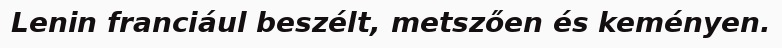
Lenin franciául beszélt, metszően és keményen.